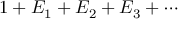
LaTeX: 1 + E _ { 1 } + E _ { 2 } + E _ { 3 } + \cdots